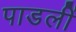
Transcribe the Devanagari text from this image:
पाडलीं